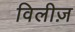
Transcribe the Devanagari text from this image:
विलीज़